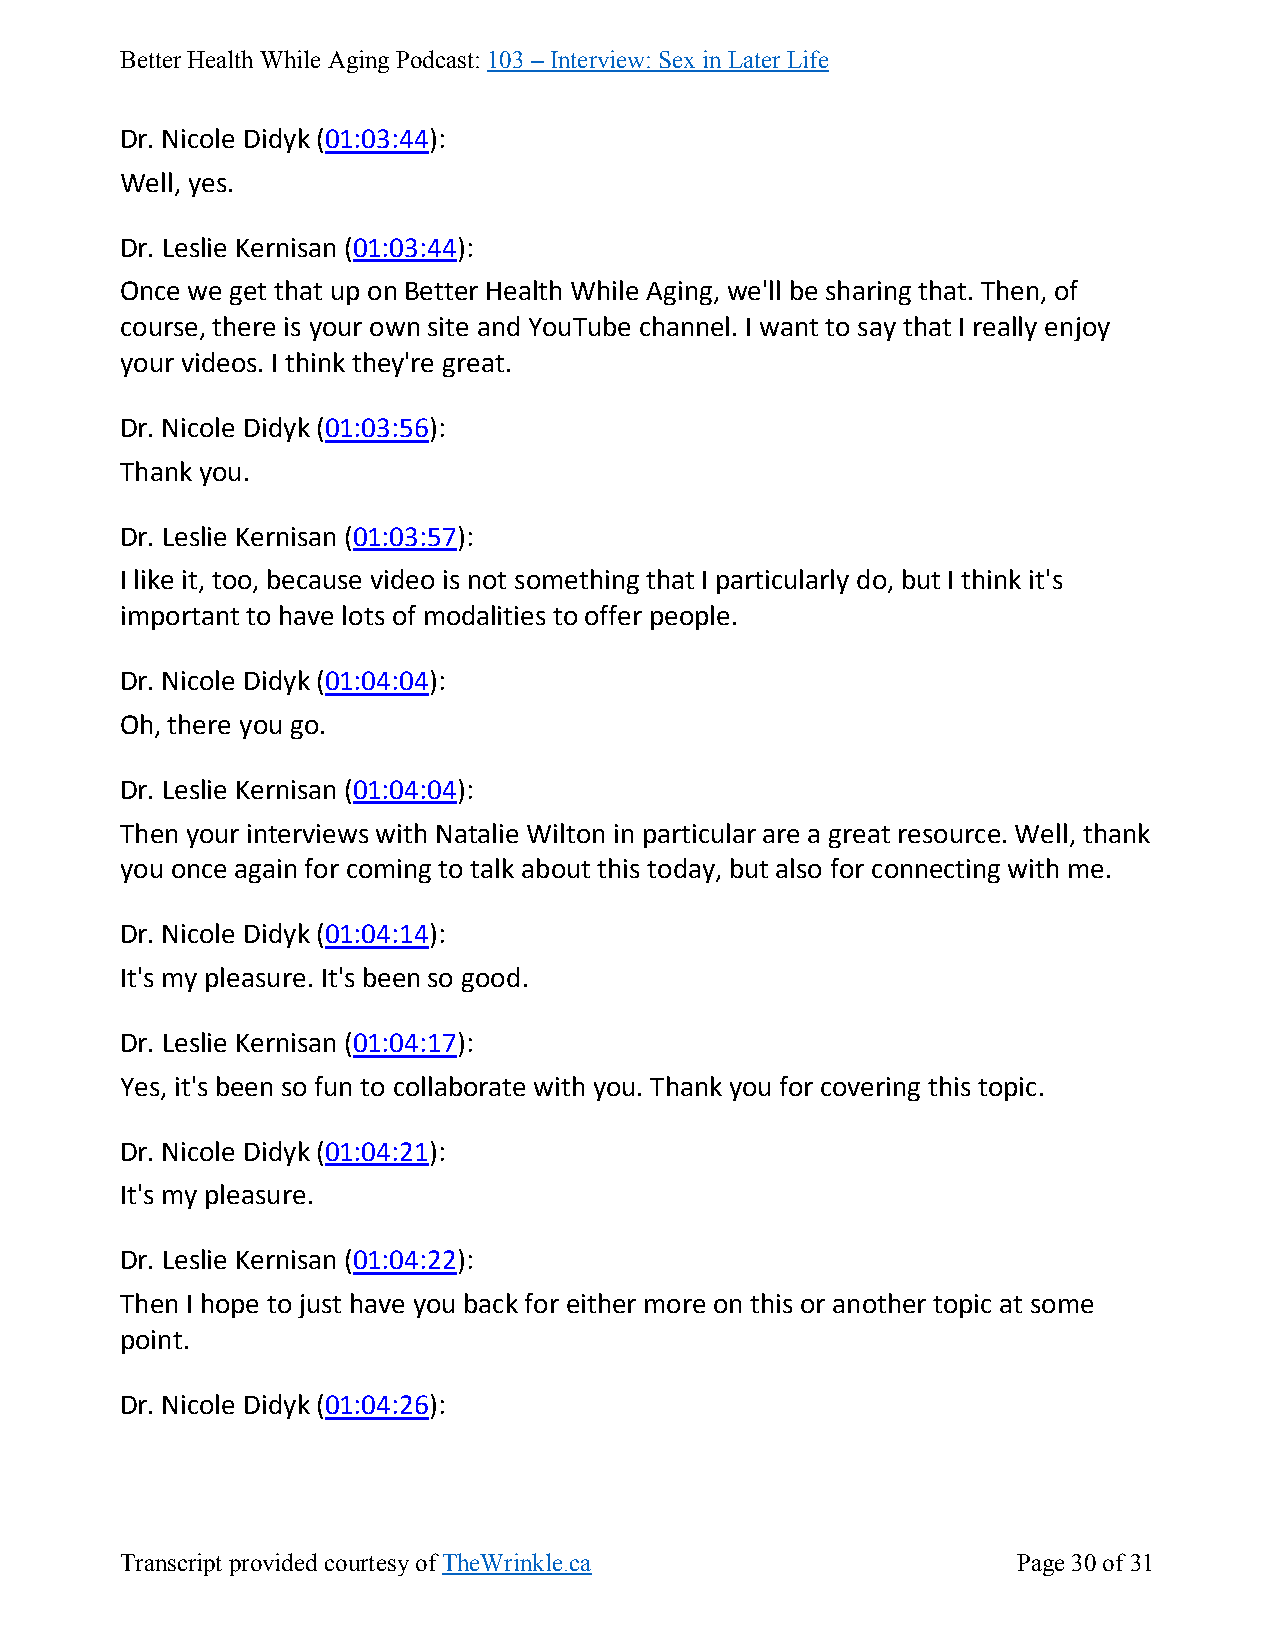
Better Health While Aging Podcast: 103 – Interview: Sex in Later Life
 Dr. Nicole Didyk (01:03:44):
 Well, yes.
 Dr. Leslie Kernisan (01:03:44):
 Once we get that up on Better Health While Aging, we'll be sharing that. Then, of
 course, there is your own site and YouTube channel. I want to say that I really enjoy
 your videos. I think they're great.
 Dr. Nicole Didyk (01:03:56):
 Thank you.
 Dr. Leslie Kernisan (01:03:57):
 I like it, too, because video is not something that I particularly do, but I think it's
 important to have lots of modalities to offer people.
 Dr. Nicole Didyk (01:04:04):
 Oh, there you go.
 Dr. Leslie Kernisan (01:04:04):
 Then your interviews with Natalie Wilton in particular are a great resource. Well, thank
 you once again for coming to talk about this today, but also for connecting with me.
 Dr. Nicole Didyk (01:04:14):
 It's my pleasure. It's been so good.
 Dr. Leslie Kernisan (01:04:17):
 Yes, it's been so fun to collaborate with you. Thank you for covering this topic.
 Dr. Nicole Didyk (01:04:21):
 It's my pleasure.
 Dr. Leslie Kernisan (01:04:22):
 Then I hope to just have you back for either more on this or another topic at some
 point.
 Dr. Nicole Didyk (01:04:26):
 Transcript provided courtesy of TheWrinkle.ca              Page 30 of 31